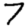
Digit: 7